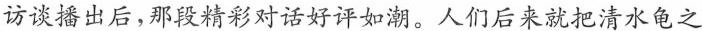
访谈播出后，那段精彩对话好评如潮。人们后来就把清水龟之